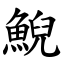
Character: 鯢